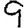
Digit: 9